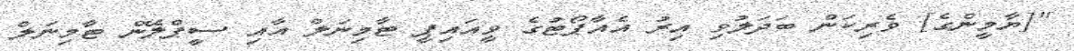
"[ޔާމީންގެ] ވެރިކަން ބަދަލުވި އިރު އެއާޕޯޓުގެ ވީއައިޕީ ޓާމިނަލް އާއި ސީޕްލޭން ޓާމިނަލް